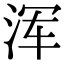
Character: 浑